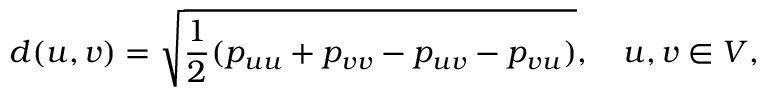
d ( u , v ) = \sqrt { \frac 1 2 ( p _ { u u } + p _ { v v } - p _ { u v } - p _ { v u } ) } , \quad u , v \in V ,